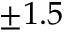
\pm 1 . 5